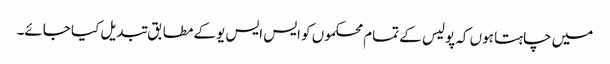
میں چاہتا ہوں کہ پولیس کے تمام محکموں کو ایس ایس یوکے مطابق تبدیل کیا جائے۔